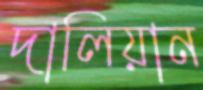
দালিয়ান